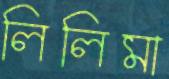
লিলিমা